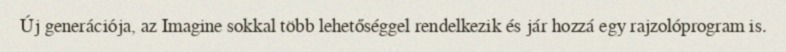
Új generációja, az Imagine sokkal több lehetőséggel rendelkezik és jár hozzá egy rajzolóprogram is.